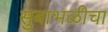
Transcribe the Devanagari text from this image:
सुबाभळीचा